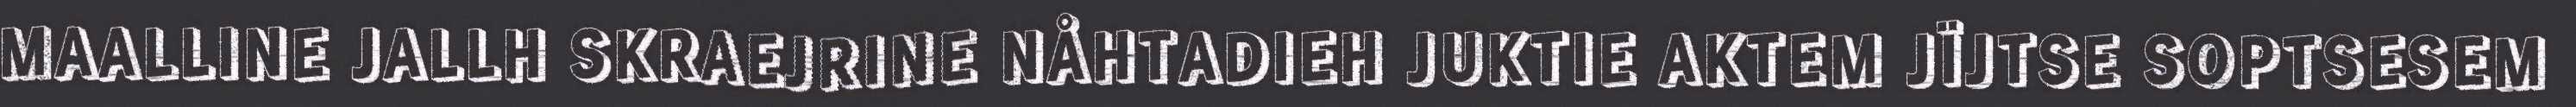
MAALLINE JALLH SKRAEJRINE NÅHTADIEH JUKTIE AKTEM JÏJTSE SOPTSESEM